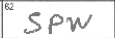
Transcription: SPW